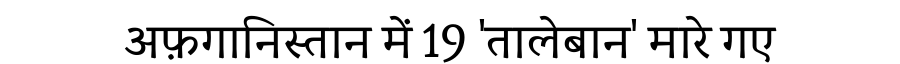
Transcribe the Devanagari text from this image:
अफ़गानिस्तान में 19 'तालेबान' मारे गए